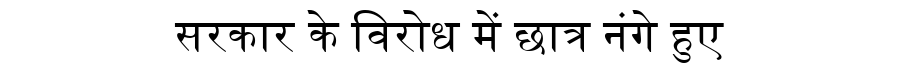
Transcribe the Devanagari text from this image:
सरकार के विरोध में छात्र नंगे हुए